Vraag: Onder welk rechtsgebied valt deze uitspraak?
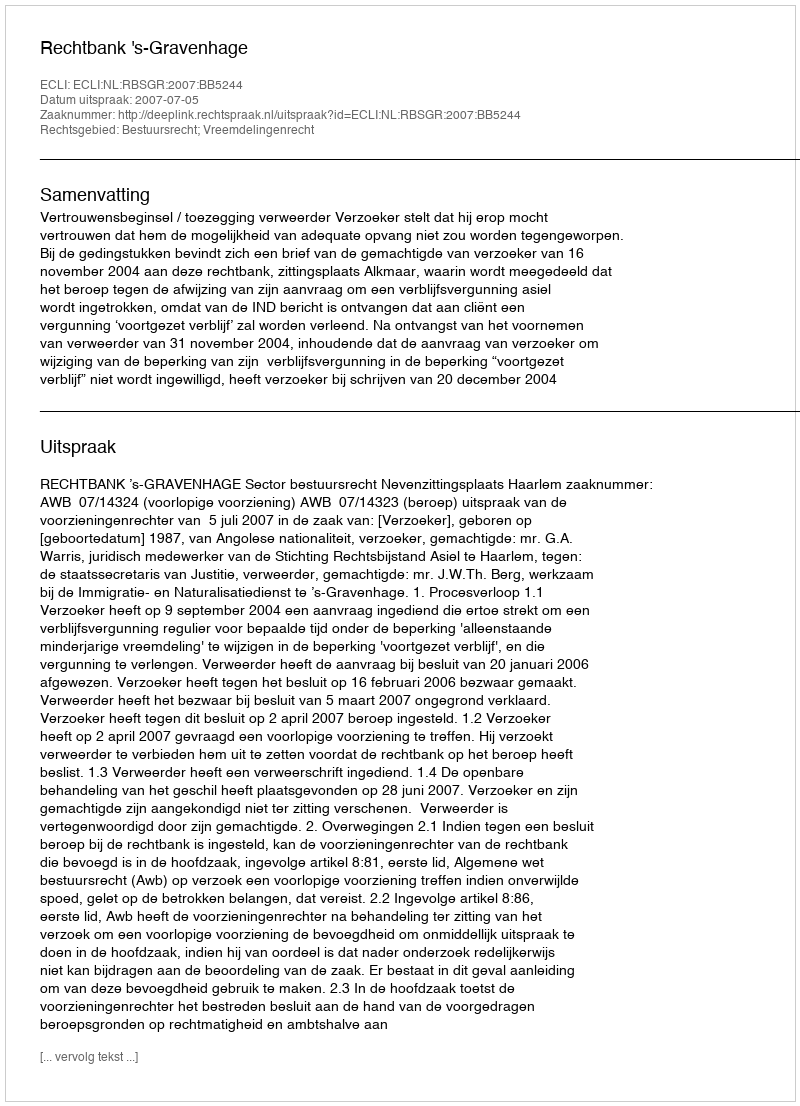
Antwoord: Bestuursrecht; Vreemdelingenrecht